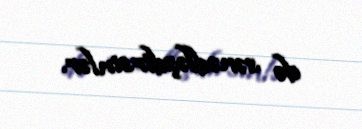
də sənədləşdirsinlər.